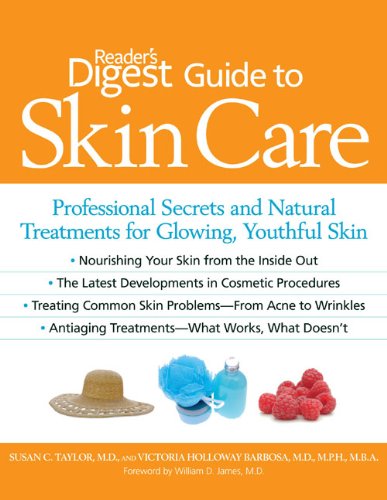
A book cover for Reader's Digest Guide to Skin Care: Professional Secrets and Natural Treatments for Glowing, Youthful Skin; Susan C. Taylor; Health, Fitness & Dieting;